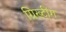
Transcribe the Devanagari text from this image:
ग्रिख्टींग